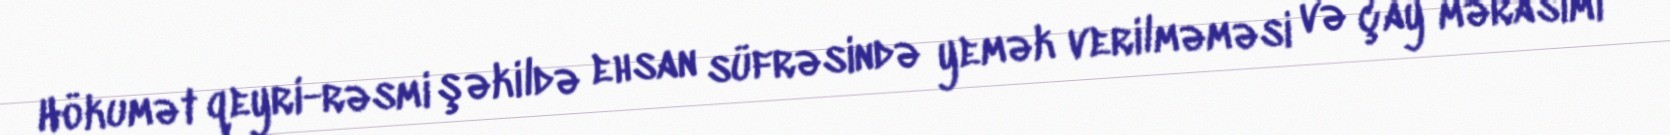
Hökumət qeyri-rəsmi şəkildə ehsan süfrəsində yemək verilməməsi və çay mərasimi